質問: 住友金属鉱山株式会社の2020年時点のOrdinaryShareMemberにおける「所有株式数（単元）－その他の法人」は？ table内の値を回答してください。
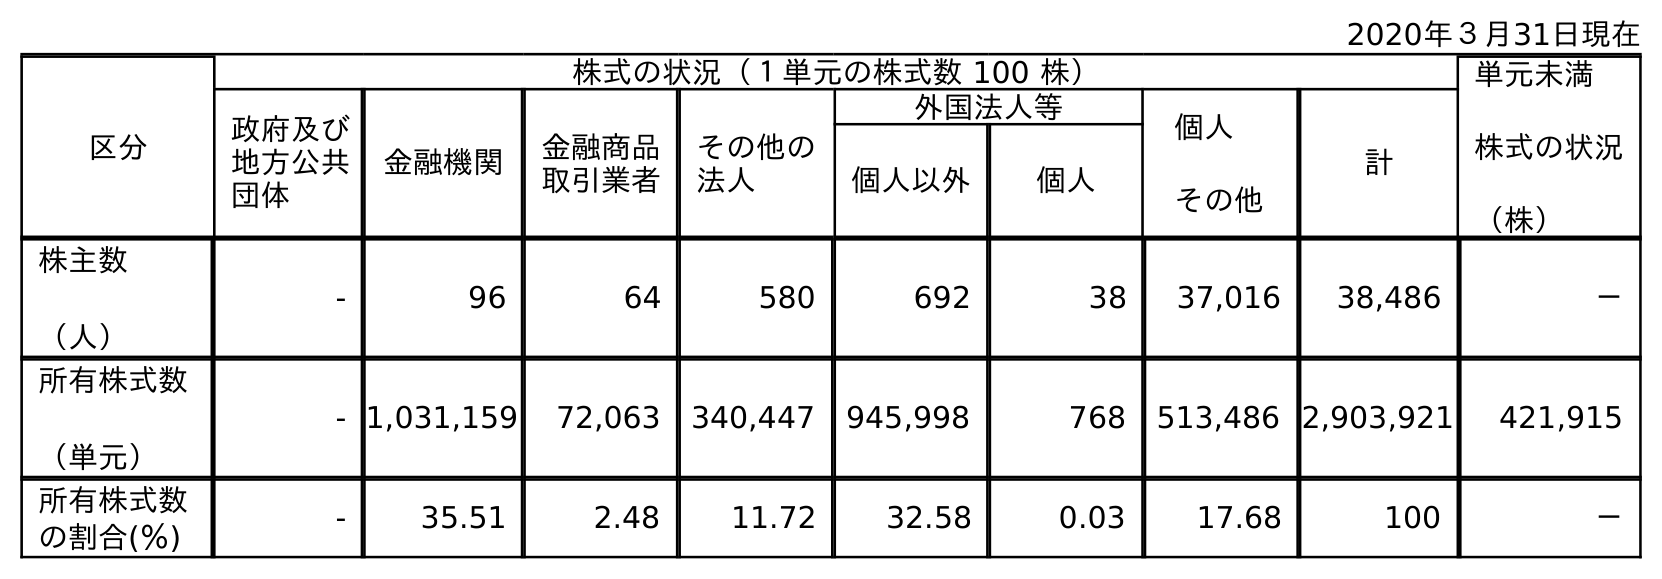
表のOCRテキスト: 2020年３月31日現在 区分 株式の状況（１単元の株式数 100 株） 単元未満 株式の状況 （株） 政府及び 地方公共 団体 金融機関 金融商品 取引業者 その他の 法人 外国法人等 個人 その他 計 個人以外 個人 株主数 （人） - 96 64 580 692 38 37,016 38,486 － 所有株式数 （単元） - 1,031,159 72,063 340,447 945,998 768 513,486 2,903,921 421,915 所有株式数 の割合(％) - 35.51 2.48 11.72 32.58 0.03 17.68 100 －
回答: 340,447